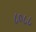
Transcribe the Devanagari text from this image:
८०८८